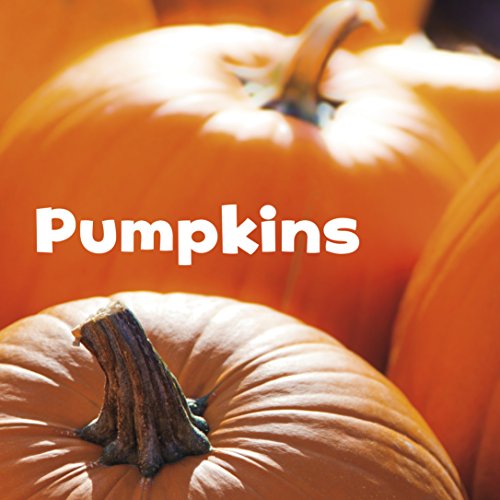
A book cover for Pumpkins (Celebrate Fall); Erika L. Shores; Children's Books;